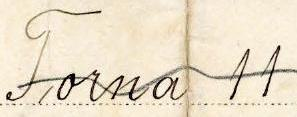
Torna 11